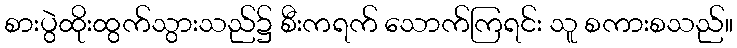
စားပွဲထိုးထွက်သွားသည်၌ စီးကရက် သောက်ကြရင်း သူ စကားစသည်။